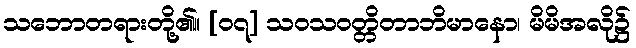
သဘောတရားတို့၏။ [၀၇] သဝသဝတ္တိတာဘိမာနော၊ မိမိအလို၌